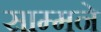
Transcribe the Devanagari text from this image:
साम्मने